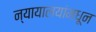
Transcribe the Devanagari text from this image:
न्यायालयांमधून